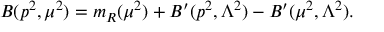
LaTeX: B ( p ^ { 2 } , \mu ^ { 2 } ) = m _ { R } ( \mu ^ { 2 } ) + B ^ { \prime } ( p ^ { 2 } , \Lambda ^ { 2 } ) - B ^ { \prime } ( \mu ^ { 2 } , \Lambda ^ { 2 } ) .